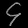
Digit: ၄